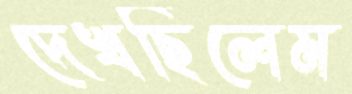
দেখছিলেম